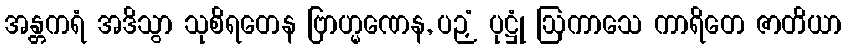
အန္တကရံ အဒိသွာ သုစိရတေန ဗြာဟ္မဏေန, ပဉှံ ပုဋ္ဌုံ ဩကာသေ ကာရိတေ ဇာတိယာ